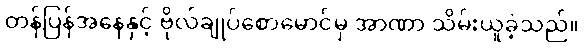
တန်ပြန်အနေနှင့် ဗိုလ်ချုပ်စောမောင်မှ အာဏာ သိမ်းယူခဲ့သည်။